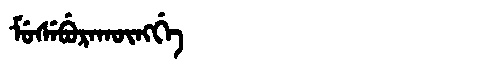
Manchu: ᠮᡠᠰᡝᠪᡠᡵᠠᡴᡡᠩᡤᡝ
Romanization: MUSEBURAKŪNGGE